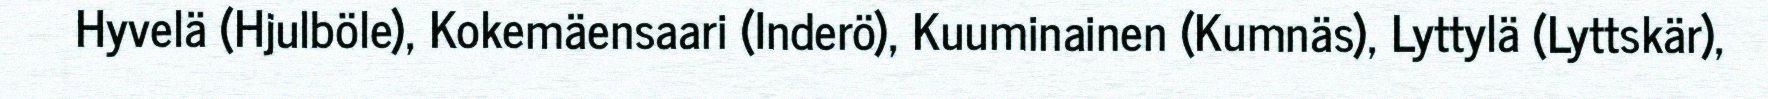
Hyvelä (Hjulböle), Kokemäensaari (Inderö), Kuuminainen (Kumnäs), Lyttylä (Lyttskär),